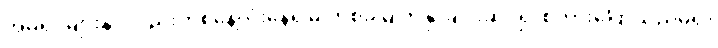
အိမ်ရှင်များနှင့်လည်းတစ်နေ့လုံးနေ၍မှ တစ်ခါမျက်နှာချင်းဆိုင်၍ စကားပြောသည်မရှိ။